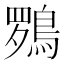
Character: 𮬽